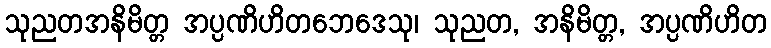
သုညတအနိမိတ္တ အပ္ပဏိဟိတဘေဒေသု၊ သုညတ, အနိမိတ္တ, အပ္ပဏိဟိတ